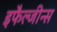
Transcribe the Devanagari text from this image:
इफैल्जीन्स